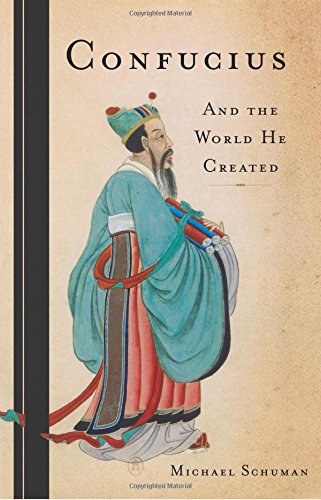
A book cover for Confucius: And the World He Created; Michael Schuman; Biographies & Memoirs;